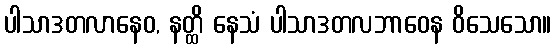
ပါသာဒတလာနေဝ, နတ္ထိ နေသံ ပါသာဒတလဘာဝေန ဝိသေသော။